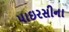
પાઇરસીના